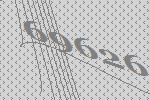
69626